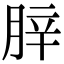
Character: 𦛛